Calcutta medical institutions reports 1892-1900
Year: 1892
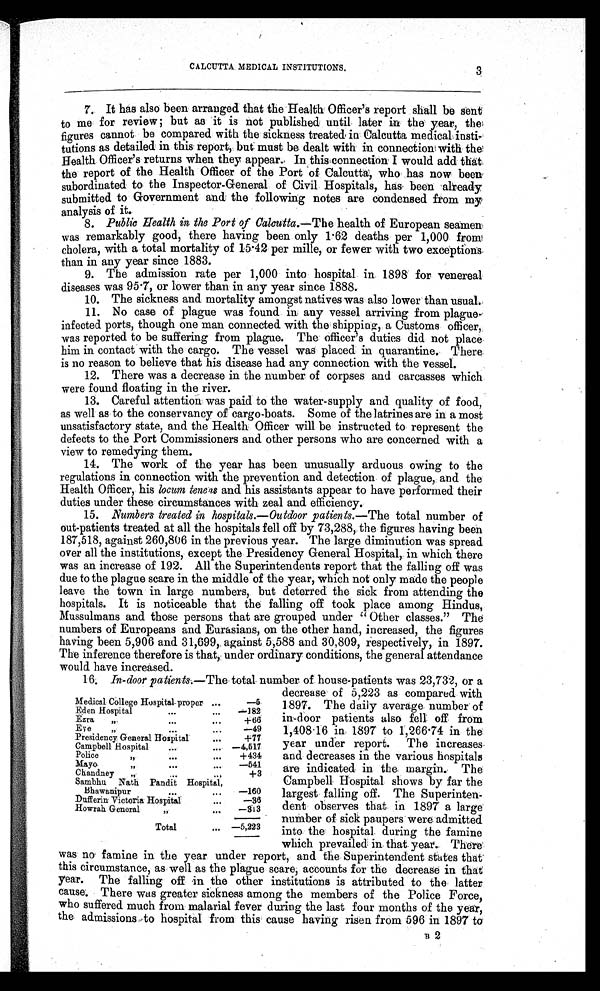
CALCUTTA MEDICAL INSTITUTIONS.
7. It has also been arranged that the Health Officer's report shall be sent
to me for review; but as it is not published until later in the year, th
e
figures cannot be compared with the sickness treated in Calcutta medical insti-
tutions as detailed in this report, but must be dealt with in connection with the
Health Officer's returns when they appear. In this connection I would add that
the report of the Health Officer of the Port of Calcutta, who has now been
subordinated to the Inspector-General of Civil Hospitals, has been already
submitted to Government and the following notes are condensed from my
analysis of it.
8. Public Health in the Port of Calcutta.—The health of European seamen
was remarkably good, there having been only 1.62 deaths per 1,000 from
cholera, with a total mortality of 15.42 per mille, or fewer with two exceptions
than in any year since 1883.
9. The admission rate per 1,000 into hospital in 1898 for venereal
diseases was 95.7, or lower than in any year since 1888.
10. The sickness and mortality amongst natives was also lower than usual.
11. No case of plague was found in any vessel arriving from plague-
infected ports, though one man connected with the shipping, a Customs officer,
was reported to be suffering from plague. The officer's duties did not place
him in contact with the cargo. The vessel was placed in quarantine. There
is no reason to believe that his disease had any connection with the vessel.
12. There was a decrease in the number of corpses and carcasses which
were found floating in the river.
13. Careful attention was paid to the water-supply and quality of food,
as well as to the conservancy of cargo-boats. Some of the latrines are in a most
unsatisfactory state, and the Health Officer will be instructed to represent the
defects to the Port Commissioners and other persons who are concerned with a
view to remedying them.
14. The work of the year has been unusually arduous owing to the
regulations in connection with the prevention and detection of plague, and the
Health Officer, his locum tenens and his assistants appear to have performed their
duties under these circumstances with zeal and efficiency.
15. Numbers treated in hospitals. — Outdoor patients. —The total number of
out-patients treated at all the hospitals fell off by 73,288, the figures having been
187,518, against 260,806 in the previous year. The large diminution was spread
over all the institutions, except the Presidency General Hospital, in which there
was an increase of 192. All the Superintendents report that the falling off was
due to the plague scare in the middle of the year, which not only made the people
leave the town in large numbers, but deterred the sick from attending the
hospitals. It is noticeable that the falling off took place among Hindus,
Mussulmans and those persons that are grouped under " Other classes." The
numbers of Europeans and Eurasians, on the other hand, increased, the figures
having been 5,906 and 31,699,. against 5,588 and 30,809, respectively, in 1897.
The inference therefore is that, under ordinary conditions, the general attendance
would have increased.
16. In-door patients. —The total number of house-patients was 23,732, or a
decrease of 5,223 as compared with
1897. The daily average number of
in-door patients also fell off. from
1,408 . 16 in 1897 to 1,266 . 74 in the
year under report. The increases
and decreases in the various hospitals
are indicated in the margin. The
Campbell Hospital shows by far the
largest falling off. The Superinten-
dent observes that in 1897 a large
number of sick paupers were admitted
into the hospital during the famine
which prevailed in that year. There
was no famine in the year under report, and the Superintendent states that
this circumstance, as well as the plague scare, accounts for the decrease in that
year. The falling off in the other institutions is attributed to the latter
cause. There was greater sickness among the members of the Police Force,
who suffered much from malarial fever during the last four months of the year,
the admissions to hospital from this cause having risen from 596 in 1897 to
3
Medical College Hospital-proper ...
—5
Eden Hospital
. . .
...
—182
Ezra ,,
...
...
+66
Eye ,,
. . .
...
—49
Presidency General Hospital
...
+77
Campbell Hospital
...
... —4,517
Police ,,
. . .
...
+434
Mayo ,,
. . .
. . .
—541
Chandney „
. . .
...
+3
Sambhu Nath Pandit Hospital,
Bhawanipur .... . .
—160
Dufferin Victoria Hospital
. . .
—36
Howrah General
,,
...
—313
T o t a l
...
—
5,223
B 2